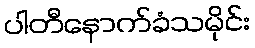
ပါတီနောက်ခံသမိုင်း